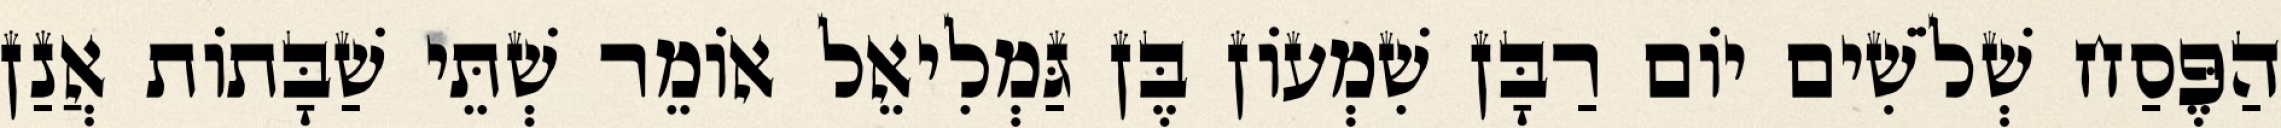
הַפֶּסַח שְׁלֹשִׁים יוֹם רַבָּן שִׁמְעוֹן בֶּן גַּמְלִיאֵל אוֹמֵר שְׁתֵּי שַׁבָּתוֹת אֲנַן